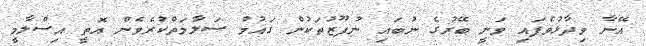
އޭނާ ވިދާޅުވެފައި ވަނީ ބޭރުގެ ނުބައި ނުފޫޒުތަކުން ގައުމު ސަލާމަތްކުރެވެން އޮތީ އިސްލާމީ